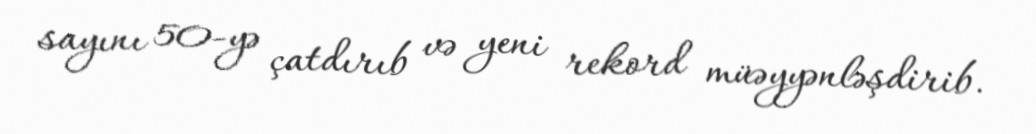
sayını 50-yə çatdırıb və yeni rekord müəyyənləşdirib.